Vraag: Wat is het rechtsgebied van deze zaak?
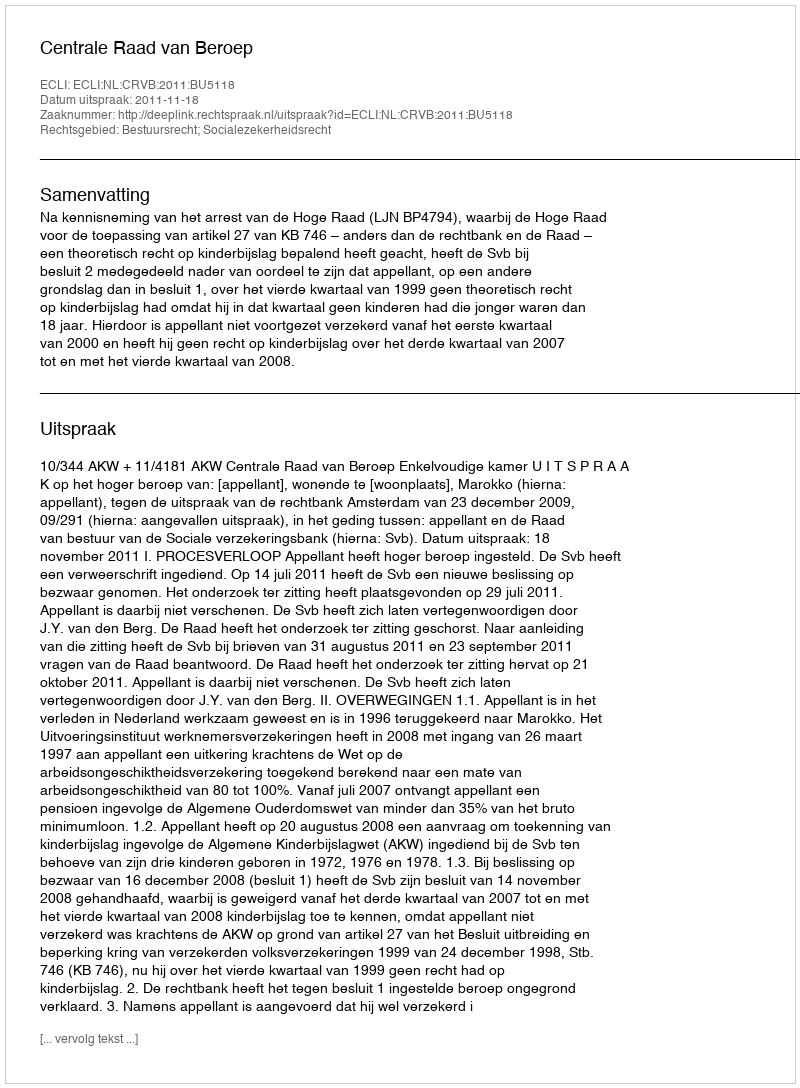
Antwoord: Bestuursrecht; Socialezekerheidsrecht